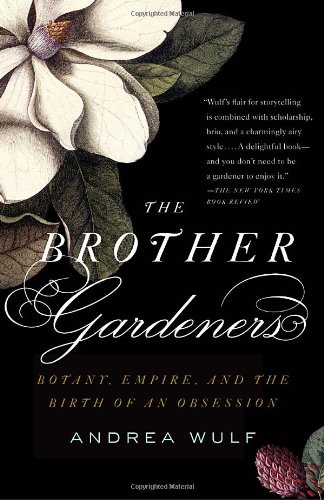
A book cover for The Brother Gardeners: A Generation of Gentlemen Naturalists and the Birth of an Obsession; Andrea Wulf; Science & Math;